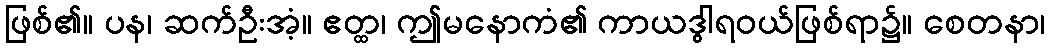
ဖြစ်၏။ ပန၊ ဆက်ဦးအံ့။ ဧတ္ထ၊ ဤမနောကံ၏ ကာယဒွါရဝယ်ဖြစ်ရာ၌။ စေတနာ၊